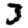
Digit: 3